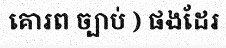
គោរព ច្បាប់ ) ផងដែរ